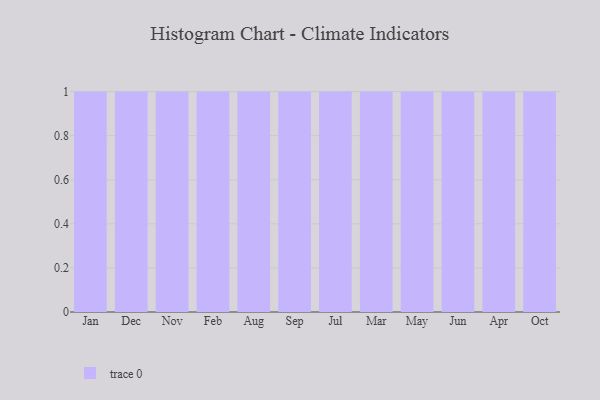
{"axis": {"x": "Month", "y": "Conversion Rate (%)"}, "legend": [""], "data": [{"x": "Jan", "y": 71, "type": ""}, {"x": "Dec", "y": 94, "type": ""}, {"x": "Nov", "y": 54, "type": ""}, {"x": "Feb", "y": 54, "type": ""}, {"x": "Aug", "y": 16, "type": ""}, {"x": "Sep", "y": 81, "type": ""}, {"x": "Jul", "y": 34, "type": ""}, {"x": "Mar", "y": 20, "type": ""}, {"x": "May", "y": 38, "type": ""}, {"x": "Jun", "y": 37, "type": ""}, {"x": "Apr", "y": 94, "type": ""}, {"x": "Oct", "y": 35, "type": ""}]}